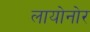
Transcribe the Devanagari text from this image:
लायोनोर